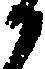
か